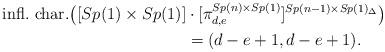
LaTeX: \begin{align*}\begin{aligned}\hbox{infl.~char.}\big([Sp(1)\times Sp(1)]&\cdot[\pi^{Sp(n)\times Sp(1)}_{d,e}]^{Sp(n-1)\times Sp(1)_\Delta}\big) \\ &= (d-e+1,d-e+1).\end{aligned}\end{align*}